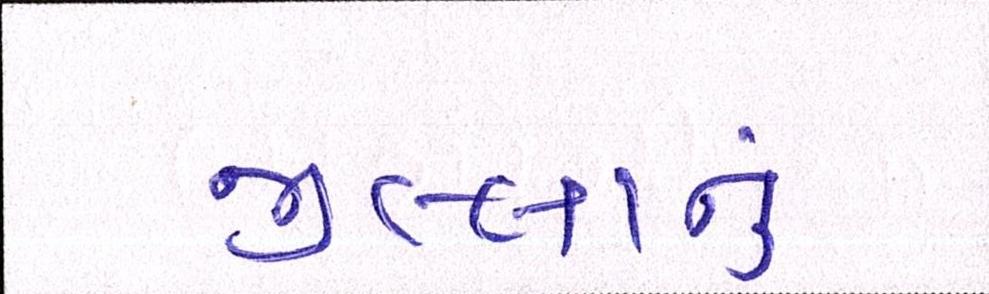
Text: જીલ્લાનું